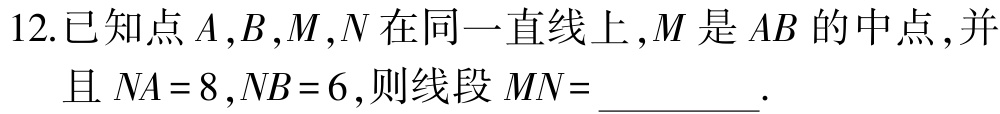
12.已知点\(A,B,M,N\)在同一直线上,\(M\)是\(AB\)的中点,并且 \(NA = 8\),\(NB = 6\),则线段 \(MN=\)__________.